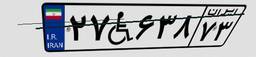
۲۷W۶۳۸۷۳